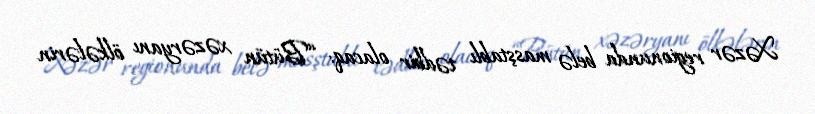
Xəzər regionunda belə masştablı tədbir olacaq: “Bütün xəzəryanı ölkələrin